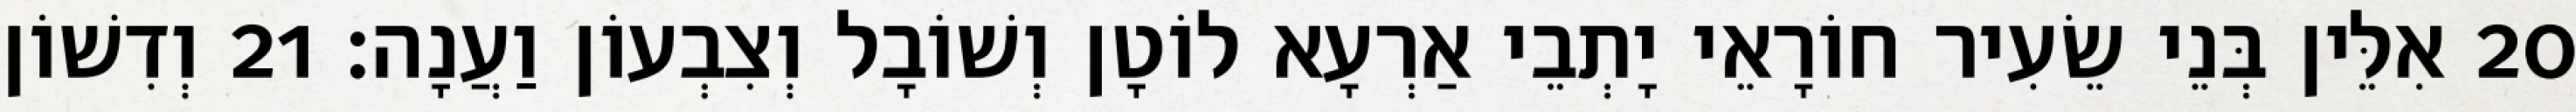
20 אִלֵּין בְּנֵי שֵׂעִיר חוֹרָאֵי יָתְבֵי אַרְעָא לוֹטָן וְשׁוֹבָל וְצִבְעוֹן וַעֲנָה׃ 21 וְדִשׁוֹן